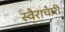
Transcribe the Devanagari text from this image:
स्वैराचारी